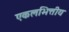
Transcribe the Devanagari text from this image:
एकलभित्तीय